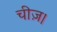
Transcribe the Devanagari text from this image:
चीज़।